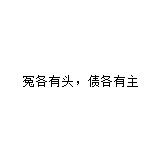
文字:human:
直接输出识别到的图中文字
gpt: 冤各有头，债各有主